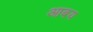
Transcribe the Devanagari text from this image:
आबय